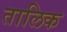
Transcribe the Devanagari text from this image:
तालिक